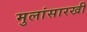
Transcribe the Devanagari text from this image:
मुलांसारखी